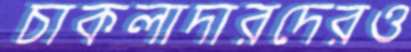
চাকলাদারদেরও